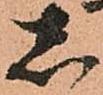
し